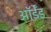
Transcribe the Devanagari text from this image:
ऑर्डेंड